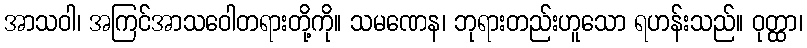
အာသဝါ၊ အကြင်အာသဝေါတရားတို့ကို။ သမဏေန၊ ဘုရားတည်းဟူသော ရဟန်းသည်။ ဝုတ္ထာ၊